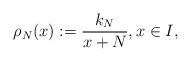
\begin{align*}\rho_N(x):=\frac{k_N}{x+N}, x \in I, \end{align*}